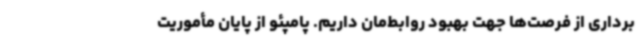
برداری از فرصت‌ها جهت بهبود روابط‌مان داریم. پامپئو از پایان مأموریت